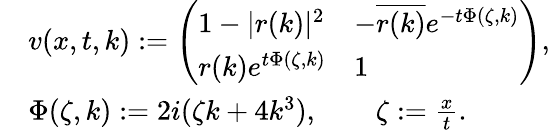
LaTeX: \begin{array}{rl}&{v(x,t,k):=\left(\begin{array}{ll}{1-|r(k)|^{2}}&{-\overline{{r(k)}}e^{-t\Phi(\zeta,k)}}\\ {r(k)e^{t\Phi(\zeta,k)}}&{1}\end{array}\right),}\\ &{\Phi(\zeta,k):=2i(\zeta k+4k^{3}),\qquad\zeta:=\frac{x}{t}.}\end{array}